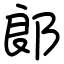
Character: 郞